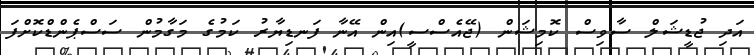
އަދި ޖުޑީޝަލް ސާވިސް ކޮމިޝަން (ޖޭއެސްސީ)އިން އޭނާ ފަނޑިޔާރު ކަމުގެ މަގާމުން ސަސްޕެންޑްކޮށްފަ